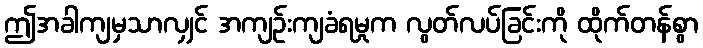
ဤအခါကျမှသာလျှင် အကျဉ်းကျခံရမှုက လွတ်လပ်ခြင်းကို ထိုက်တန်စွာ